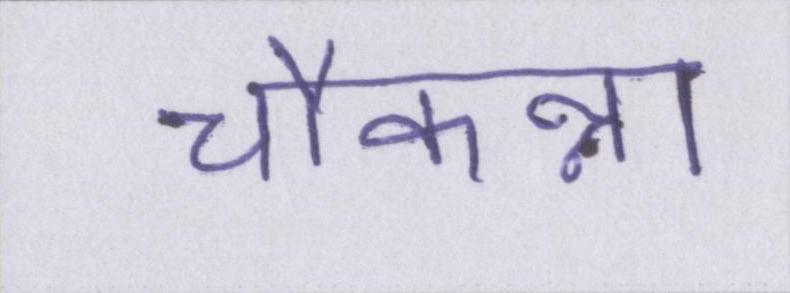
चौकन्ना